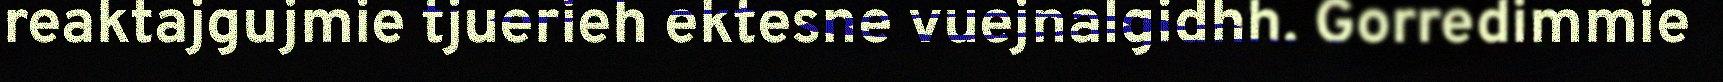
reaktajgujmie tjuerieh ektesne vuejnalgidhh. Gorredimmie